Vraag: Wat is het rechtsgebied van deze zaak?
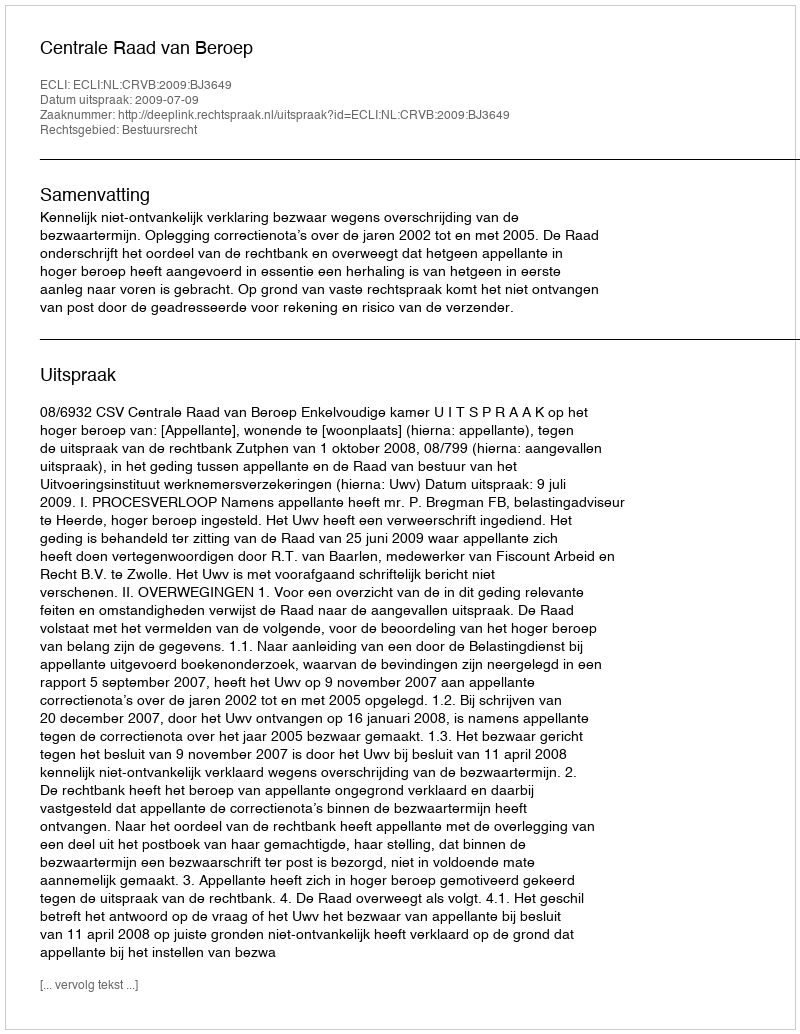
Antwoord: Bestuursrecht